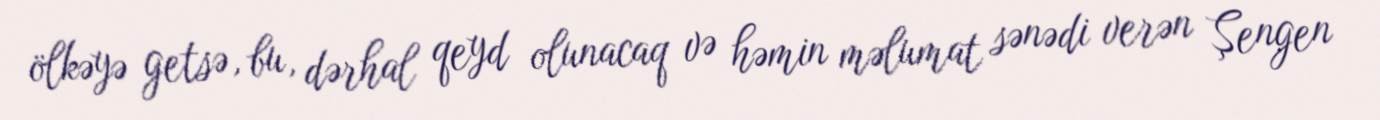
ölkəyə getsə, bu, dərhal qeyd olunacaq və həmin məlumat sənədi verən Şengen